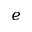
e